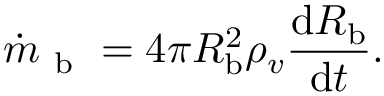
\dot { m } _ { \mathrm { ~ b ~ } } = 4 \pi R _ { \mathrm { b } } ^ { 2 } \rho _ { v } \frac { \mathrm d R _ { \mathrm { b } } } { \mathrm d t } .